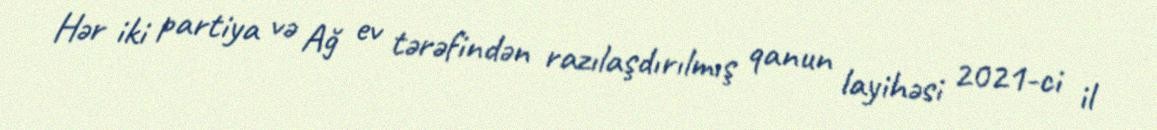
Hər iki partiya və Ağ ev tərəfindən razılaşdırılmış qanun layihəsi 2021-ci il